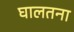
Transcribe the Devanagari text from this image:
घालतना